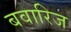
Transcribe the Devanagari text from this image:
बवारिज